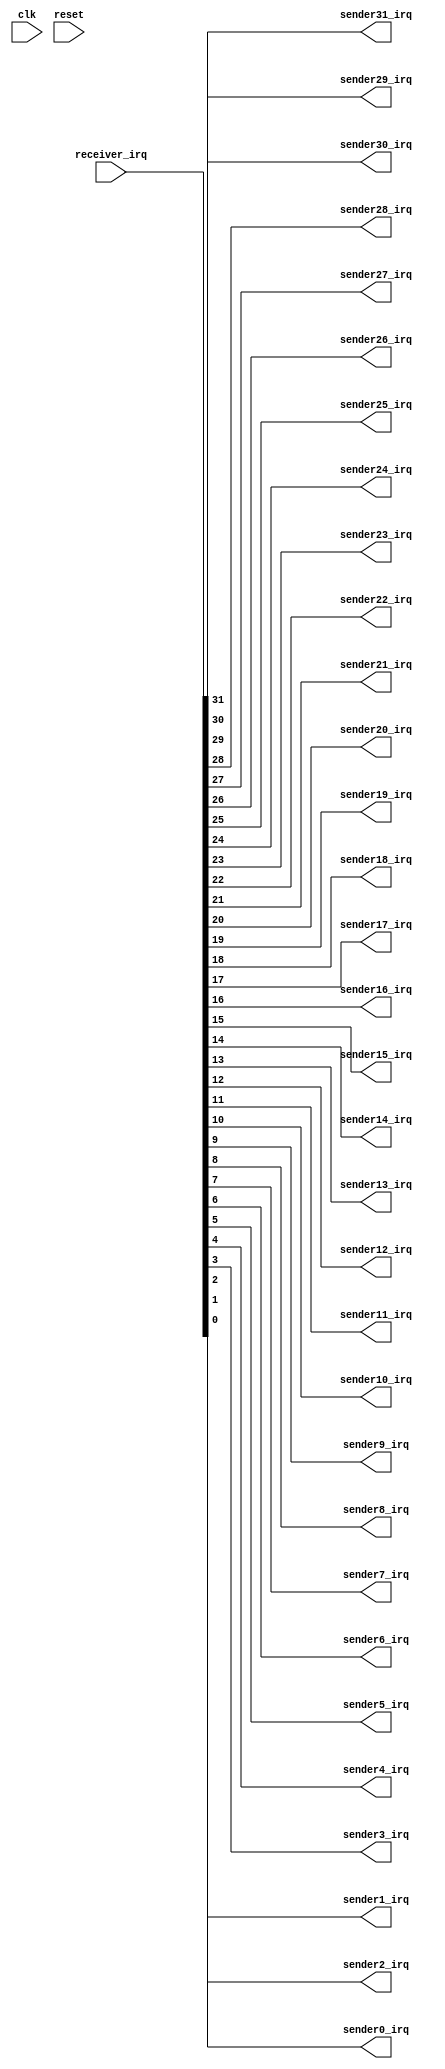
module altera_irq_bridge
#(
	parameter IRQ_WIDTH	= 32
)
(
	(*altera_attribute = "-name MESSAGE_DISABLE 15610" *) 
	input				clk,
	(*altera_attribute = "-name MESSAGE_DISABLE 15610" *) 
	input				reset,
	input [IRQ_WIDTH - 1:0]		receiver_irq,
	output 				sender31_irq,
        output                          sender30_irq,
        output                          sender29_irq,
        output                          sender28_irq,
        output                          sender27_irq,
        output                          sender26_irq,
        output                          sender25_irq,
        output                          sender24_irq,
        output                          sender23_irq,
        output                          sender22_irq,
        output                          sender21_irq,
        output                          sender20_irq,
        output                          sender19_irq,
        output                          sender18_irq,
        output                          sender17_irq,
        output                          sender16_irq,
        output                          sender15_irq,
        output                          sender14_irq,
        output                          sender13_irq,
        output                          sender12_irq,
        output                          sender11_irq,
        output                          sender10_irq,
        output                          sender9_irq,
        output                          sender8_irq,
        output                          sender7_irq,
        output                          sender6_irq,
        output                          sender5_irq,
        output                          sender4_irq,
        output                          sender3_irq,
        output                          sender2_irq,
        output                          sender1_irq,
        output                          sender0_irq
);
	wire [31:0]                     receiver_temp_irq;
	assign receiver_temp_irq = {{(32 - IRQ_WIDTH){1'b0}}, receiver_irq};  
	assign sender0_irq = receiver_temp_irq[0];
        assign sender1_irq = receiver_temp_irq[1];
        assign sender2_irq = receiver_temp_irq[2];
        assign sender3_irq = receiver_temp_irq[3];
        assign sender4_irq = receiver_temp_irq[4];
        assign sender5_irq = receiver_temp_irq[5];
        assign sender6_irq = receiver_temp_irq[6];
        assign sender7_irq = receiver_temp_irq[7];
        assign sender8_irq = receiver_temp_irq[8];
        assign sender9_irq = receiver_temp_irq[9];
        assign sender10_irq = receiver_temp_irq[10];
        assign sender11_irq = receiver_temp_irq[11];
        assign sender12_irq = receiver_temp_irq[12];
        assign sender13_irq = receiver_temp_irq[13];
        assign sender14_irq = receiver_temp_irq[14];
        assign sender15_irq = receiver_temp_irq[15];
        assign sender16_irq = receiver_temp_irq[16];
        assign sender17_irq = receiver_temp_irq[17];
        assign sender18_irq = receiver_temp_irq[18];
        assign sender19_irq = receiver_temp_irq[19];
        assign sender20_irq = receiver_temp_irq[20];
        assign sender21_irq = receiver_temp_irq[21];
        assign sender22_irq = receiver_temp_irq[22];
        assign sender23_irq = receiver_temp_irq[23];
        assign sender24_irq = receiver_temp_irq[24];
        assign sender25_irq = receiver_temp_irq[25];
        assign sender26_irq = receiver_temp_irq[26];
        assign sender27_irq = receiver_temp_irq[27];
        assign sender28_irq = receiver_temp_irq[28];
        assign sender29_irq = receiver_temp_irq[29];
        assign sender30_irq = receiver_temp_irq[30];
        assign sender31_irq = receiver_temp_irq[31];
endmodule